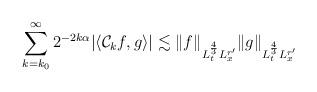
LaTeX: \begin{align*} \sum_{k=k_0}^\infty 2^{-2k\alpha} |\langle \mathcal{C}_k f, g \rangle| \lesssim \|f\|_{L^{\frac{4}{3}}_tL^{r'}_x}\|g\|_{L^{\frac{4}{3}}_tL^{r'}_x}\end{align*}